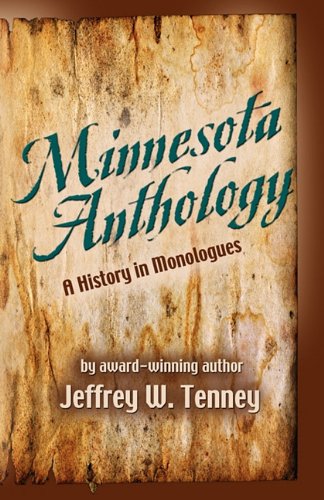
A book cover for MINNESOTA ANTHOLOGY: A History in Monologues; Jeffrey W. Tenney; Travel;